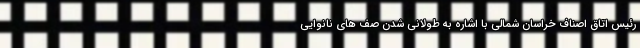
رئیس اتاق اصناف خراسان شمالی با اشاره به طولانی شدن صف های نانوایی